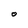
Character: O